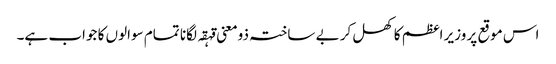
اس موقع پر وزیر اعظم کا کھل کر بے ساختہ ذومعنی قہقہ لگانا تمام سوالوں کا جواب ہے۔